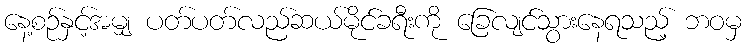
နေ့စဉ်နှင့်အမျှ ပတ်ပတ်လည်ဆယ်မိုင်ခရီးကို ခြေလျင်သွားနေရသည့် ဘဝမှ